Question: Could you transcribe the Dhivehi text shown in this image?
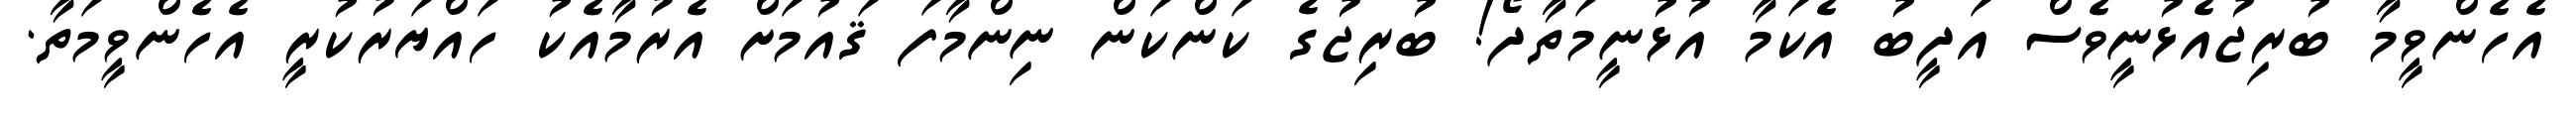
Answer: އެހެންވީމާ ބުރިޖުއެޅުނީވެސް އަދީބު އެކަމާ އުޅުނީމަތާދޯ! ބުރިޖުގެ ކަންކަން ނިންމާފަ ޤައުމަށް އެރުމާއެކު ހައްޔަރުކުރީ އެހެންވީމަތާ.